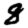
Digit: 8